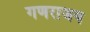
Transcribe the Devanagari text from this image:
गणराजय